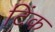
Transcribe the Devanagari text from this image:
टिंक